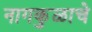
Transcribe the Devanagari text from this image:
नागकुळाचे